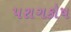
પરાગકોષ